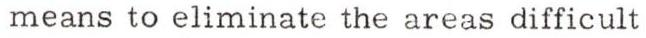
means to eliminate the areas difficult